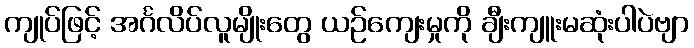
ကျုပ်ဖြင့် အင်္ဂလိပ်လူမျိုးတွေ ယဉ်ကျေးမှုကို ချီးကျူးမဆုံးပါပဲဗျာ